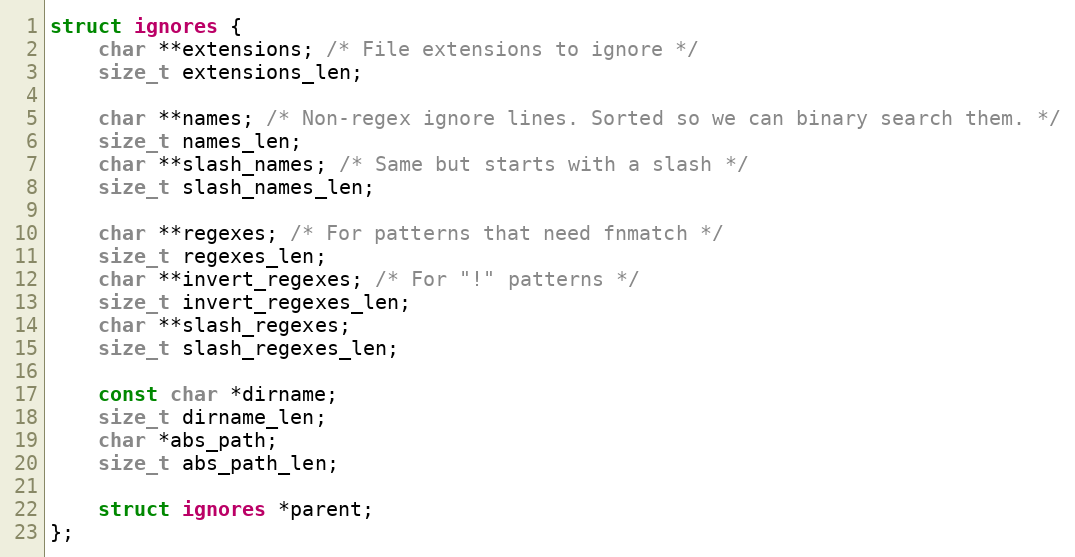
Language: C
struct ignores {
    char **extensions; /* File extensions to ignore */
    size_t extensions_len;

    char **names; /* Non-regex ignore lines. Sorted so we can binary search them. */
    size_t names_len;
    char **slash_names; /* Same but starts with a slash */
    size_t slash_names_len;

    char **regexes; /* For patterns that need fnmatch */
    size_t regexes_len;
    char **invert_regexes; /* For "!" patterns */
    size_t invert_regexes_len;
    char **slash_regexes;
    size_t slash_regexes_len;

    const char *dirname;
    size_t dirname_len;
    char *abs_path;
    size_t abs_path_len;

    struct ignores *parent;
};